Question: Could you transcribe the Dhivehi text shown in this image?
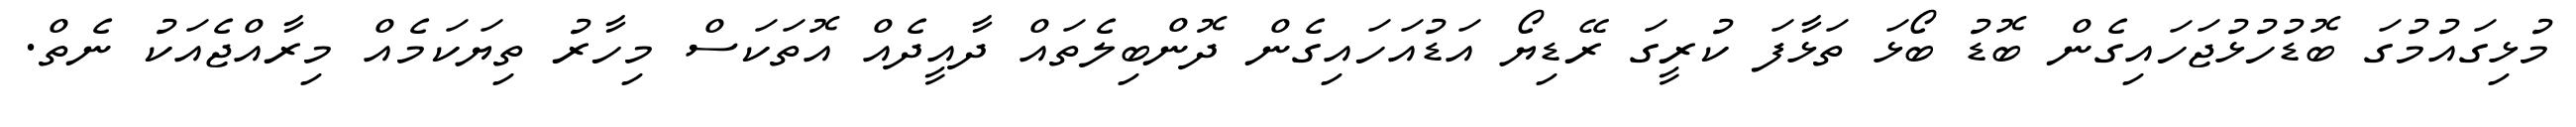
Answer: މުޅިގައުމުގަ ބޮޑުހުޅުޖަހައިގެން ބޮޑު ބޯޅަ ތަޅާފަ ކުރީގަ ރޭޑިޔޯ އަޑުއަހައިގެން ދޮންބިލެތައް ދާއީދެއް އޮތަކަސް މިހާރު ތިޔަކަމެއް މިރާއްޖެއަކު ނެތް.